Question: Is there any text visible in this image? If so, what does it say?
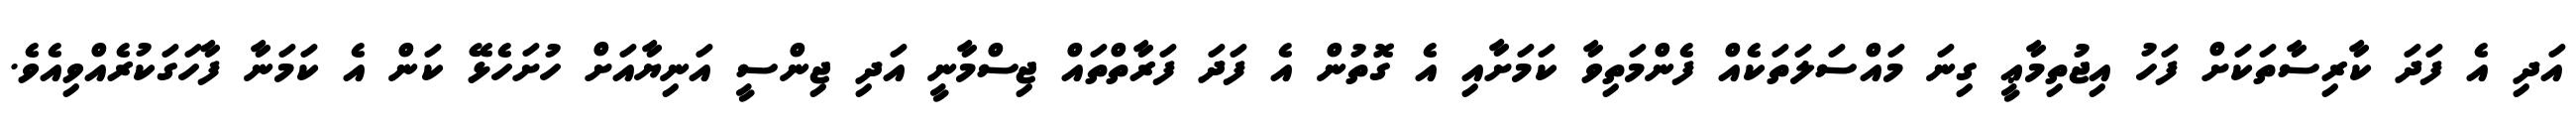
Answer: އަދި އެ ފަދަ ކާރިސާތަކަށް ފަހު އިޖުތިމާޢީ ގިނަ މައްސަލަތަކެއް ފެންމަތިވާ ކަމަށާއި އެ ގޮތުން އެ ފަދަ ފަރާތްތައް ޖިސްމާނީ އަދި ޖިންސީ އަނިޔާއަށް ހުށަހެޅޭ ކަން އެ ކަމަނާ ފާހަގަކުރެއްވިއެވެ.